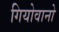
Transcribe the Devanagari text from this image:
गियोवानो